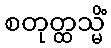
စတုတ္ထသ္မိံ